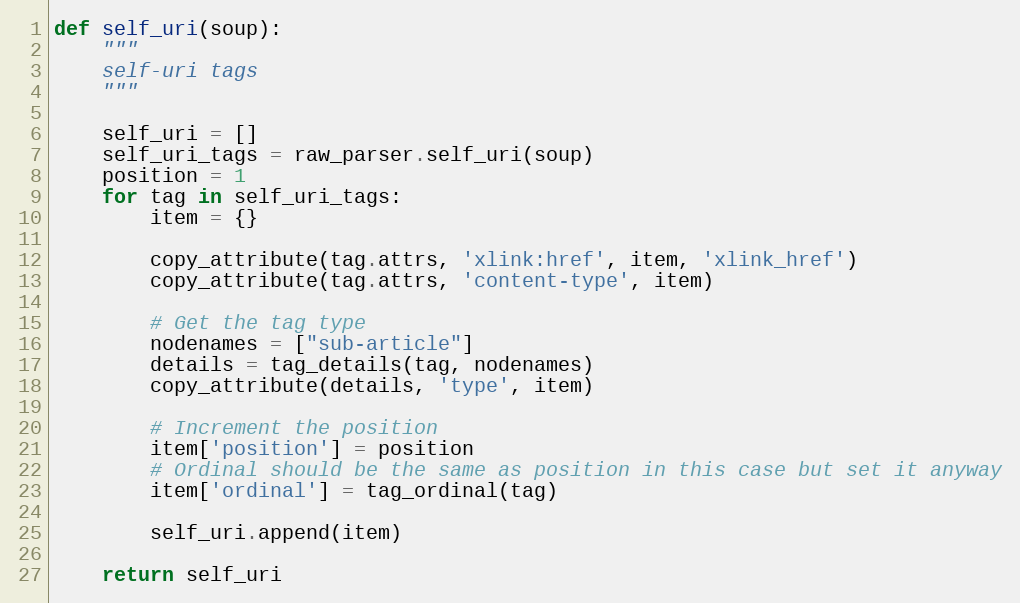
Language: Python
def self_uri(soup):
    """
    self-uri tags
    """

    self_uri = []
    self_uri_tags = raw_parser.self_uri(soup)
    position = 1
    for tag in self_uri_tags:
        item = {}

        copy_attribute(tag.attrs, 'xlink:href', item, 'xlink_href')
        copy_attribute(tag.attrs, 'content-type', item)

        # Get the tag type
        nodenames = ["sub-article"]
        details = tag_details(tag, nodenames)
        copy_attribute(details, 'type', item)

        # Increment the position
        item['position'] = position
        # Ordinal should be the same as position in this case but set it anyway
        item['ordinal'] = tag_ordinal(tag)

        self_uri.append(item)

    return self_uri